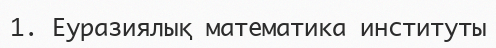
1. Еуразиялық математика институты